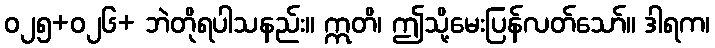
ဝ၂၅+ဝ၂၆+ ဘဲတိုရပါသနည်း။ ဣတိ၊ ဤသို့မေးပြန်လတ်သော်။ ဒါရက၊